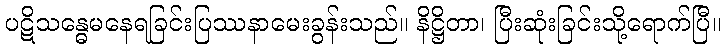
ပဋိသန္ဓေမနေရခြင်းပြဿနာမေးခွန်းသည်။ နိဋ္ဌိတာ၊ ပြီးဆုံးခြင်းသို့ရောက်ပြီ။